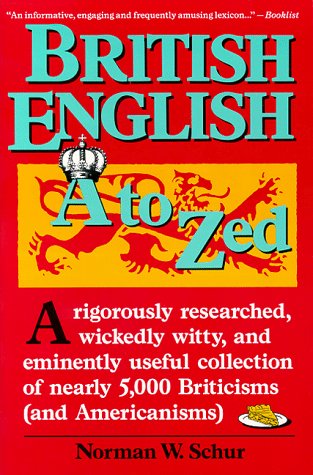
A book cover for British English A to Zed; Norman W. Schur; Reference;